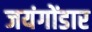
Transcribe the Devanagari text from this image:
जयंगोंडार